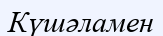
Күшәламен